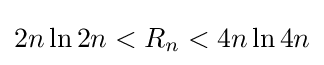
2n\ln 2n<R_{n}<4n\ln 4n